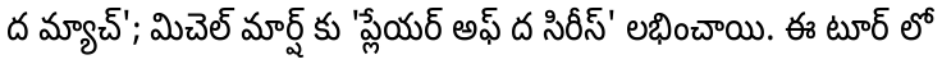
ద మ్యాచ్'; మిచెల్ మార్ష్ కు 'ప్లేయర్ అఫ్ ద సిరీస్' లభించాయి. ఈ టూర్ లో